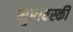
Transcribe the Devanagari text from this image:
मुरावस्की